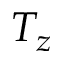
T _ { z }